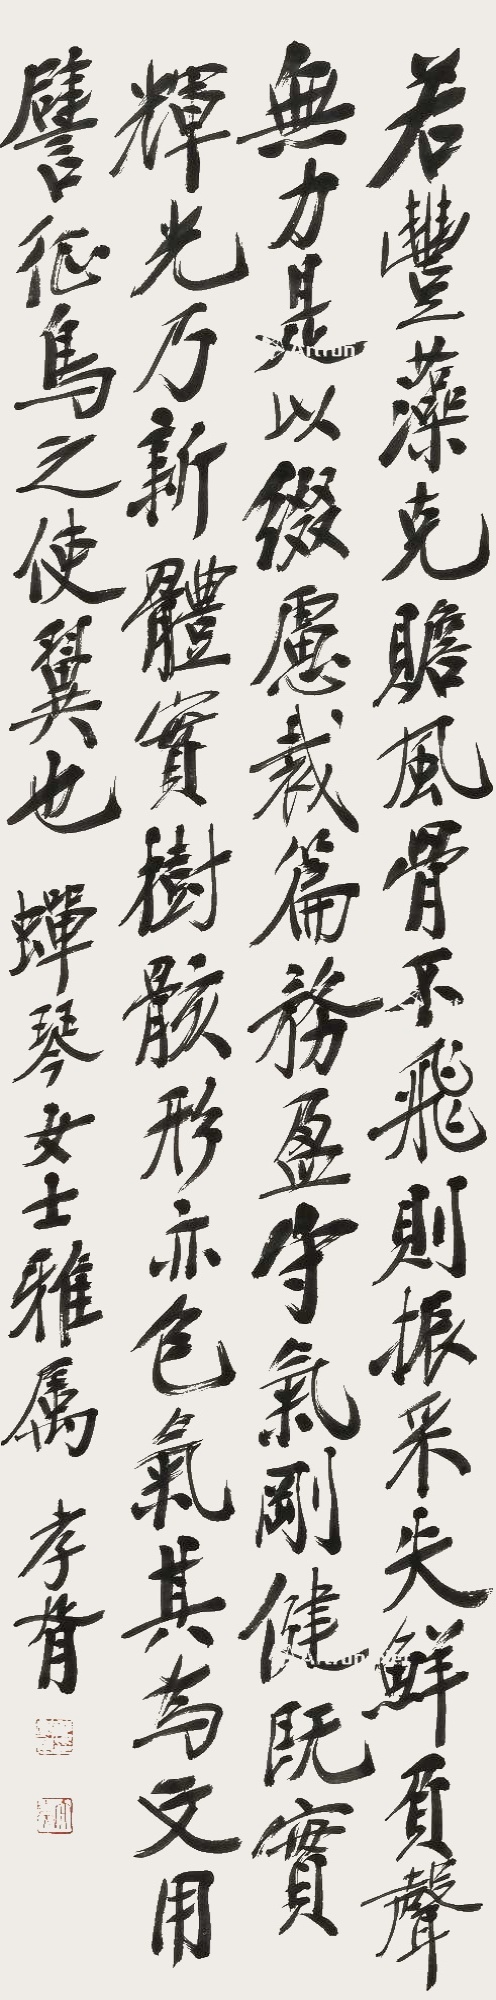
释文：若丰藻克赡，风骨不飞，则振采失鲜，负声无力。是以缀虑裁篇，务盈守气，刚健既实，辉光乃新。体实树骸，形亦色气，其为文用，譬征鸟之使翼也。蝉琴女士雅属，孝胥。